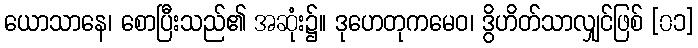
ယောသာနေ၊ စောပြီးသည်၏ အဆုံး၌။ ဒုဟေတုကမေဝ၊ ဒွိဟိတ်သာလျှင်ဖြစ် [၀၁]